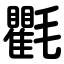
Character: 氍